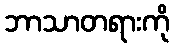
ဘာသာတရားကို